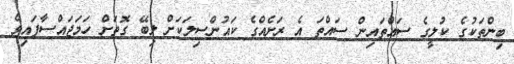
ބިންތަކުގެ ކުލީގެ ސައްތައިން ސައްތަ އެ ރަށެއްގެ ކައުންސިލަކަށް ލިބޭ ގޮތަށް ހަމަޖައްސާފައިވެ